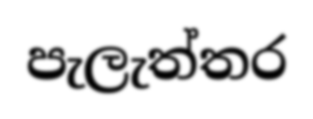
පැලැත්තර